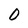
Character: 0